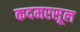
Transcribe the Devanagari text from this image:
कदमरसूल